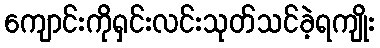
ကျောင်းကိုရှင်းလင်းသုတ်သင်ခဲ့ရကျိုး